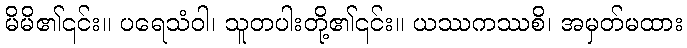
မိမိ၏၎င်း။ ပရေသံဝါ၊ သူတပါးတို့၏၎င်း။ ယဿကဿစိ၊ အမှတ်မထား